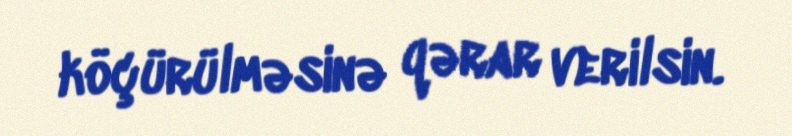
köçürülməsinə qərar verilsin.